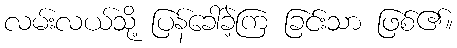
လမ်းလယ်သို့ ပြန်ခေါ်ခဲ့ကြ ခြင်းသာ ဖြစ်၏။